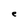
Character: e